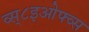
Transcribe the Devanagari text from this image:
व्स्८इओफ्व्स